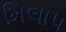
મિલાપ